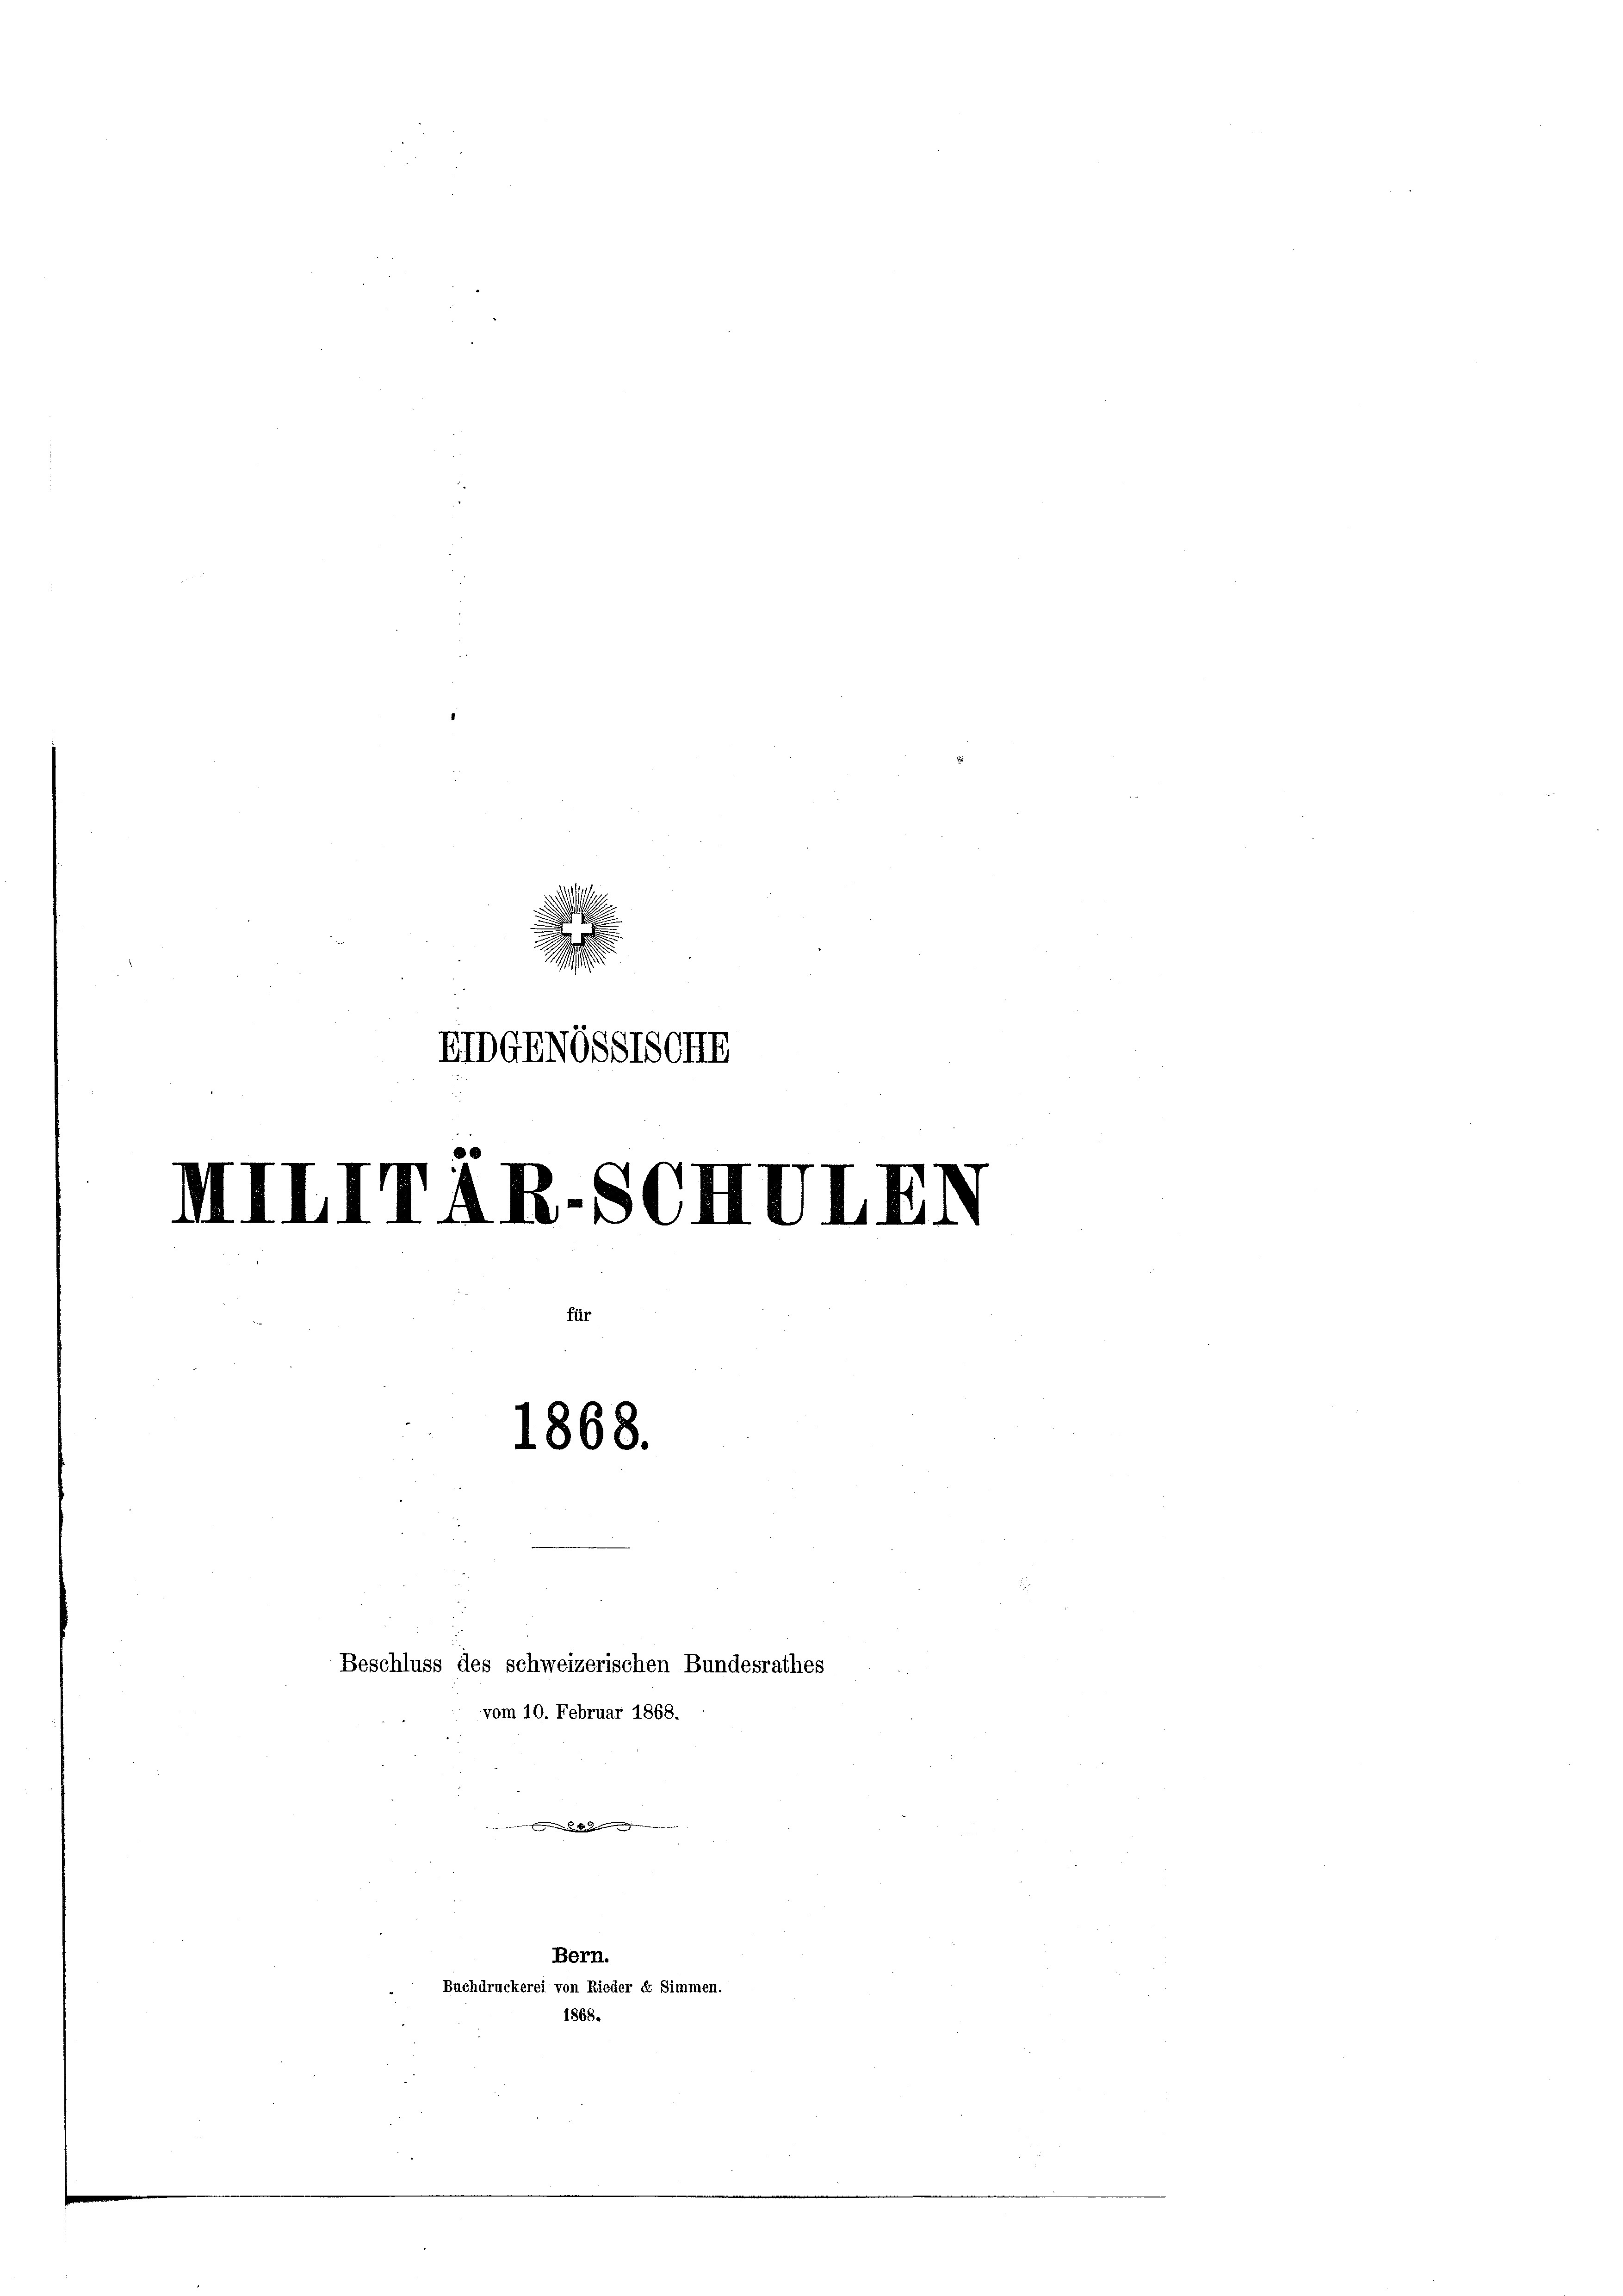
d
EIDGENGSSTSCIE

IIIIITAR.SC
1868.

Beschluss des schweizerischen Bundesrathes
vom 10. Februar 1868.

Bern.
Buchdruckerei von Rieder dr Simmen.
1868.

.........